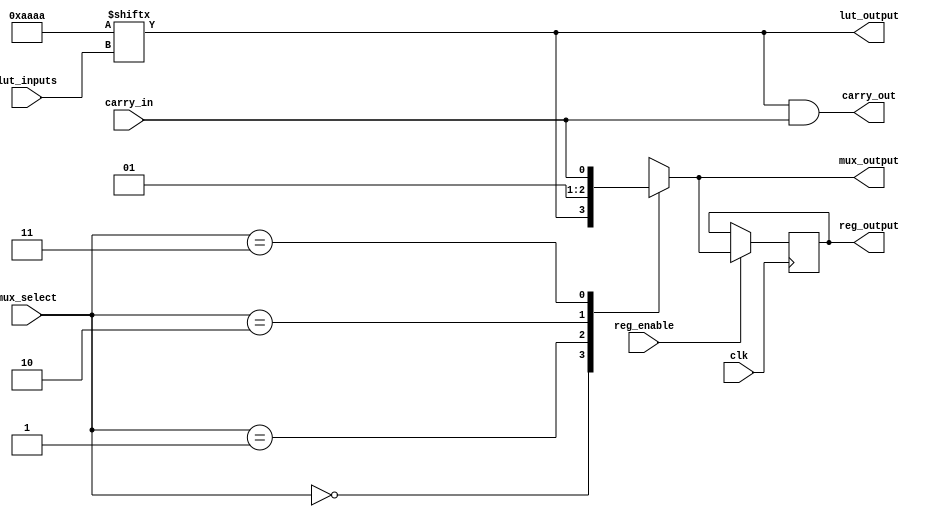
module CLB (
    input wire [3:0] lut_inputs,      // 4 inputs for LUT
    input wire [1:0] mux_select,       // 2-bit select for MUX
    input wire clk,                    // Clock for register
    input wire reg_enable,             // Enable signal for register
    input wire carry_in,               // Carry input for carry chain
    output wire lut_output,            // Output from LUT
    output wire mux_output,            // Output from MUX
    output wire carry_out,             // Carry output for carry chain
    output reg reg_output              // Output from register
);

    // Configuration memory for LUT (example: 4-input LUT)
    reg [15:0] lut_memory; // 16 entries for 4-input LUT
    initial begin
        // Example configuration for LUT (truth table)
        lut_memory = 16'b1010101010101010; // Example pattern
    end

    // LUT implementation
    assign lut_output = lut_memory[lut_inputs];

    // MUX implementation
    wire [1:0] mux_inputs[0:3]; // Assuming 4 inputs for MUX
    assign mux_inputs[0] = lut_output; // MUX input from LUT output
    assign mux_inputs[1] = 1'b0; // Example input
    assign mux_inputs[2] = 1'b1; // Example input
    assign mux_inputs[3] = carry_in; // Example input

    assign mux_output = mux_inputs[mux_select];

    // Carry chain implementation
    assign carry_out = lut_output & carry_in; // Example carry logic

    // Register implementation
    always @(posedge clk) begin
        if (reg_enable) begin
            reg_output <= mux_output; // Store MUX output in register
        end
    end

endmodule